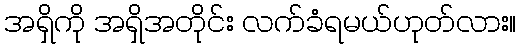
အရှိကို အရှိအတိုင်း လက်ခံရမယ်ဟုတ်လား။